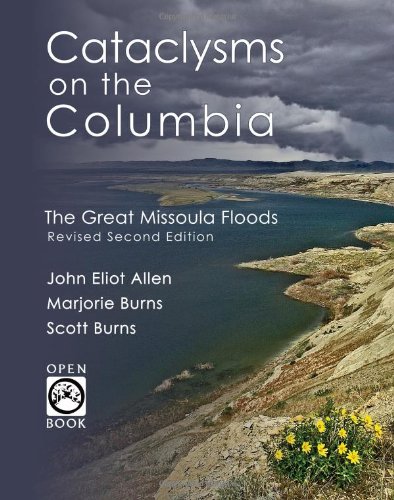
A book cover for Cataclysms on the Columbia: The Great Missoula Floods (OpenBook); John Eliot Allen; Science & Math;